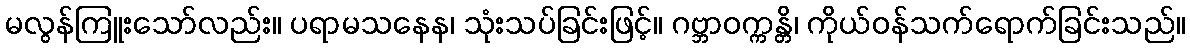
မလွန်ကြူးသော်လည်း။ ပရာမသနေန၊ သုံးသပ်ခြင်းဖြင့်။ ဂဗ္ဘာဝက္ကန္တိ၊ ကိုယ်ဝန်သက်ရောက်ခြင်းသည်။